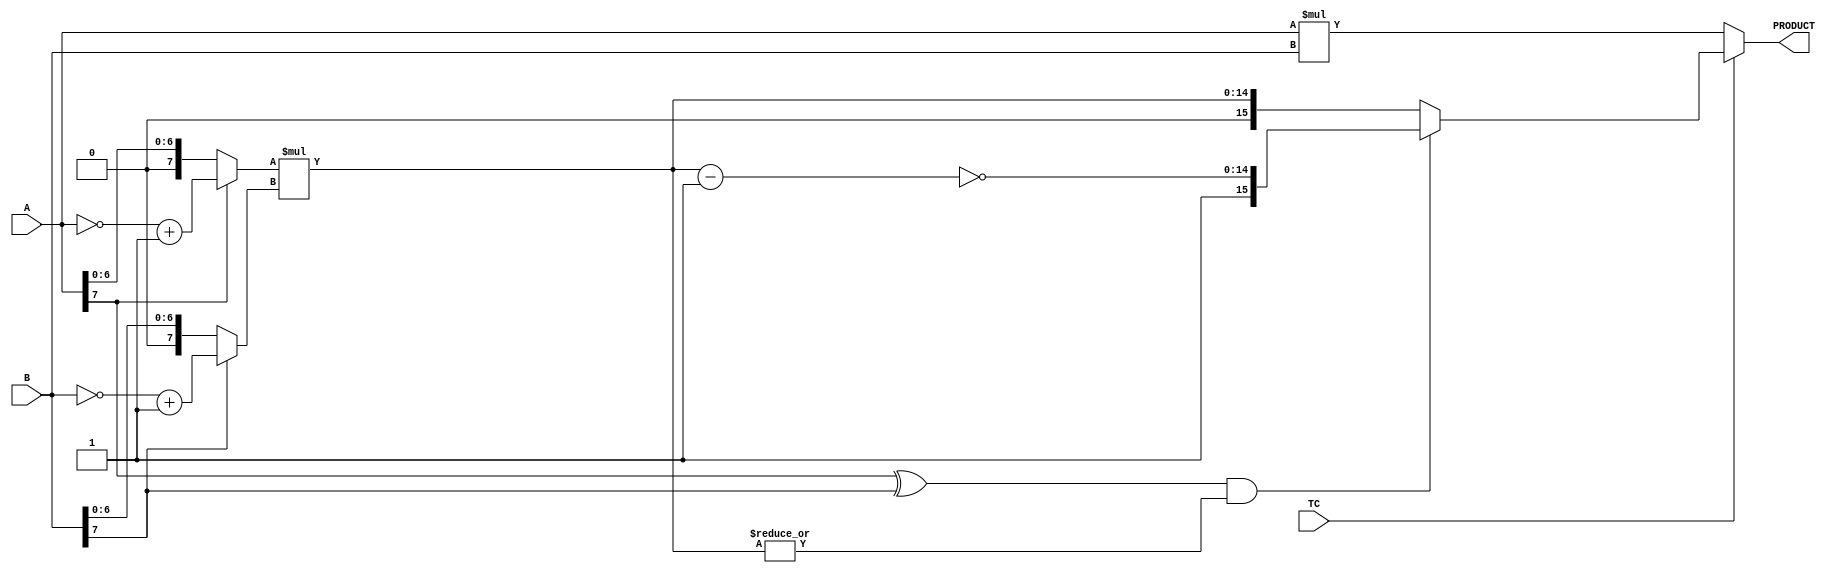
//-----------------------------------------------------------------------------
//
//       This confidential and proprietary software may be used only
//     as authorized by a licensing agreement from Synopsys Inc.
//     In the event of publication, the following notice is applicable:
//
//                    (C) COPYRIGHT 1994 - 2001   SYNOPSYS INC.
//                           ALL RIGHTS RESERVED
//
//       The entire notice above must be reproduced on all authorized
//     copies.
//
//
// VERSION:   Simulation Architecture
//
//-----------------------------------------------------------------------------
//-----------------------------------------------------------------------------------
//
// ABSTRACT:  Multiplier
//           A_width-Bits * B_width-Bits => A_width+B_width Bits
//           Operands A and B can be either both signed (two's complement) or 
//	     both unsigned numbers. TC determines the coding of the input operands.
//           ie. TC = '1' => signed multiplication
//	         TC = '0' => unsigned multiplication
//
//	FIXED: by replacement with A tested working version
//		that not only doesn't multiplies right it does it
//		two times faster!
//
//------------------------------------------------------------------------------

module DW02_mult(A,B,TC,PRODUCT);
parameter	A_width = 8;
parameter	B_width = 8;
input	[A_width-1:0]	A;
input	[B_width-1:0]	B;
input			TC;
output	[A_width+B_width-1:0]	PRODUCT;

wire	[A_width+B_width-1:0]	PRODUCT;

wire	[A_width-1:0]	temp_a;
wire	[B_width-1:0]	temp_b;
wire	[A_width+B_width-2:0]	long_temp1,long_temp2;

assign	temp_a = (A[A_width-1])? (~A + 1'b1) : A;
assign	temp_b = (B[B_width-1])? (~B + 1'b1) : B;

assign	long_temp1 = temp_a * temp_b;
assign	long_temp2 = ~(long_temp1 - 1'b1);

assign	PRODUCT = (TC)? (((A[A_width-1] ^ B[B_width-1]) && (|long_temp1))?
				{1'b1,long_temp2} : {1'b0,long_temp1})
			: A * B;

endmodule